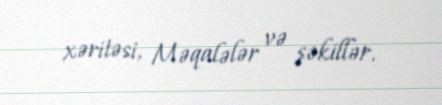
xəritəsi, Məqalələr və şəkillər.